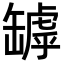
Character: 罅